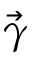
\Vec { \gamma }